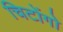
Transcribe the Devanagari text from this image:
चिटोंगो